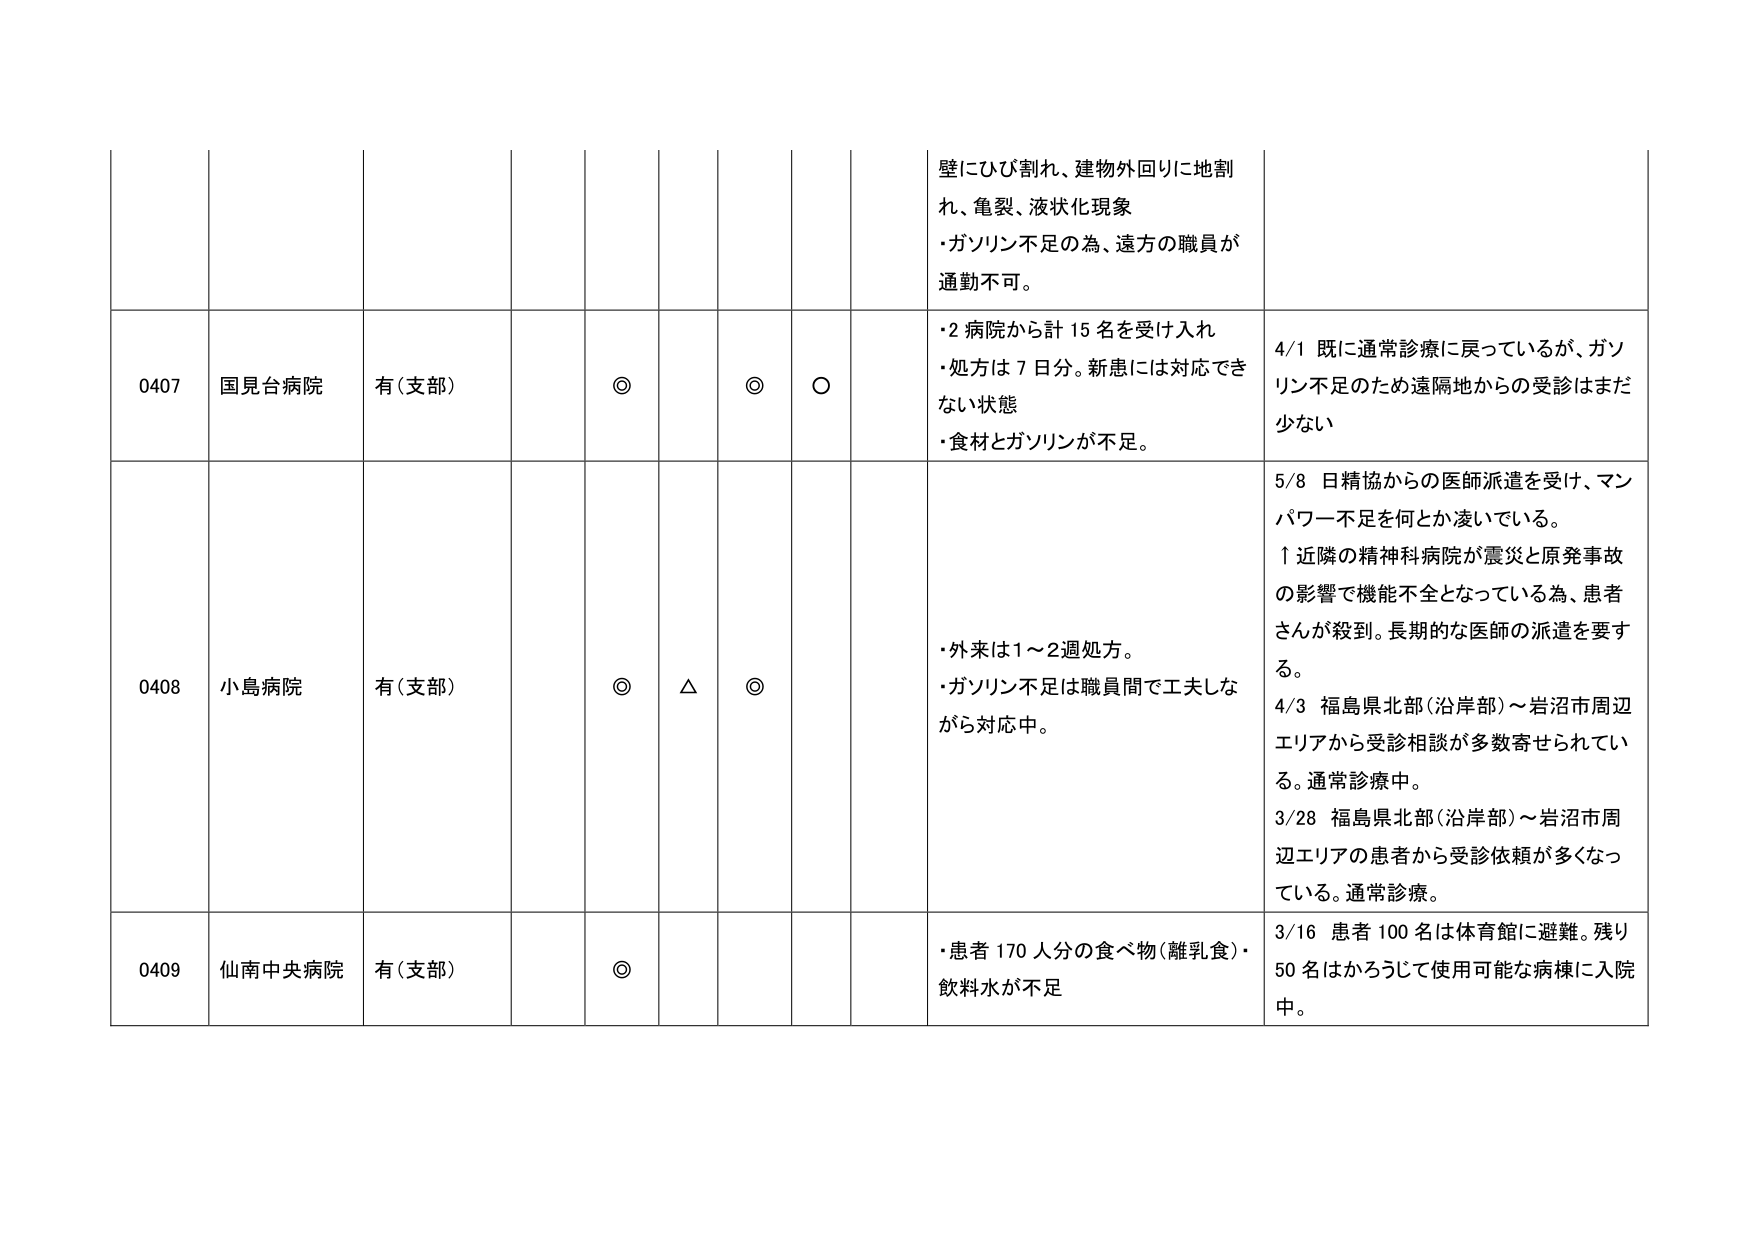
壁にひび割れ、建物外回りに地割れ、亀裂、液状化現象
・ガソリン不足の為、遠方の職員が通勤不可。

0407 国見台病院 有(支部) ◎ ◎ ○
・2病院から計15名を受け入れ
・処方は7日分。新患には対応できない状態
・食材とガソリンが不足。
4/1 既に通常診療に戻っているが、ガソリン不足のため遠隔地からの受診はまだ少ない

0408 小島病院 有(支部) ◎ △ ◎
・外来は1～2週処方。
・ガソリン不足は職員間で工夫しながら対応中。
5/8 日精協からの医師派遣を受け、マンパワー不足を何とか凌いでいる。
↑近隣の精神科病院が震災と原発事故の影響で機能不全となっている為、患者さんが殺到。長期的な医師の派遣を要する。
4/3 福島県北部(沿岸部)～岩沼市周辺エリアから受診相談が多数寄せられている。通常診療中。
3/28 福島県北部(沿岸部)～岩沼市周辺エリアの患者から受診依頼が多くなっている。通常診療。

0409 仙南中央病院 有(支部) ◎
・患者170人分の食べ物(離乳食)・飲料水が不足
3/16 患者100名は体育館に避難。残り50名はかろうじて使用可能な病棟に入院中。